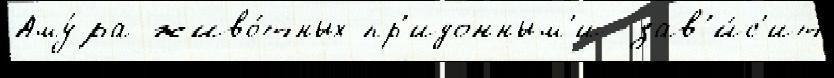
Аму́ра живо́тных пр'идонным'и зав'и́с'ит